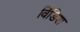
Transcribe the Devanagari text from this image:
विंडिश